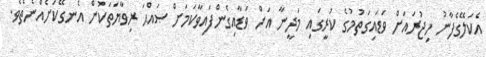
އެކަލޭގެފާނު ހިޖުރައަށް ވަޑައިގަތުމުގެ ކުރީގައި މަދީނާ އަށް ވަޑާއިގެންފައިވާކަމަށް ޞައްޙަ ރިވާޔަތަކުން އެނގޭކަށެއްނެތެވެ.